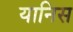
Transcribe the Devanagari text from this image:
यानिस